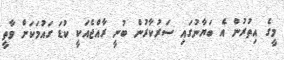
މީގެ އިތުރުން އެ ބަޔާނުގައި ސަރުކާރުން ބުނީ ރާއްޖެއަކީ ކުޑަ ގައުމަކަށް ވާތީ